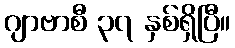
ဂျာဗာစီ ၃၇ နှစ်ရှိပြီ။